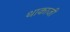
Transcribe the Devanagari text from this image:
थाकाजी